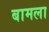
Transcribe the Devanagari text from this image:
बामला